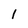
Character: 1